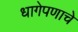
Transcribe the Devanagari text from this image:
धागेपणाचे